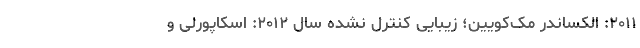
۲۰۱۱: الکساندر مک‌کویین؛ زیبایی کنترل نشده سال ۲۰۱۲: اسکاپورلی و